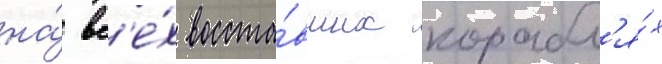
на́ вс'е́х восста́вших корабл'я́х